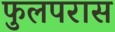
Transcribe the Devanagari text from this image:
फुलपरास